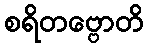
စရိတဗ္ဗောတိ